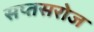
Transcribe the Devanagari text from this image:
सप्तसरोज